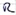
Text: R